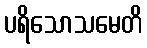
ပရိသောသမေတိ